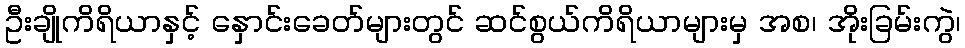
ဦးချိုကိရိယာနှင့် နှောင်းခေတ်များတွင် ဆင်စွယ်ကိရိယာများမှ အစ၊ အိုးခြမ်းကွဲ၊